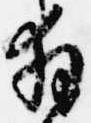
拝